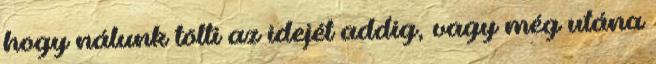
hogy nálunk tölti az idejét addig, vagy még utána